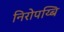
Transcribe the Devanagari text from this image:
निरोपय्बि